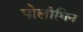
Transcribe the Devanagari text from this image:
पोलीथिन